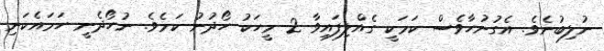
ނުލިބުނެވެ. އެގުނުހާވެސް ކަމަކީ ގެއްލިފައިވާ 2 މީހަކު ހޯދުނު ކަމެވެ. ނުހޯދެނީ ހަމައެކަނި